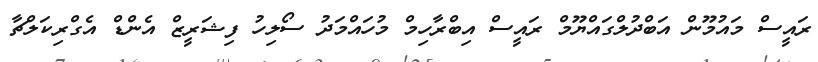
ރައީސް މައުމޫން އަބްދުލްގައްޔޫމް ރައީސް އިބްރާހިމް މުހައްމަދު ސޯލިހު ފިޝަރީޒް އެންޑް އެގްރިކަލްޗާ